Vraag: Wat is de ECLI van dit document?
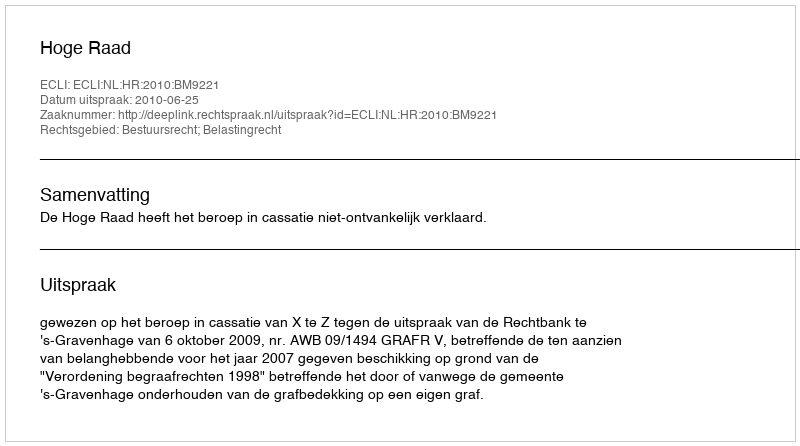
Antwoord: ECLI:NL:HR:2010:BM9221